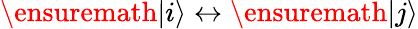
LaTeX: \ensuremath{\left|i\right\rangle}\leftrightarrow\ensuremath{\left|j\right\rangle}